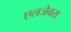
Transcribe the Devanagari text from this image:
एलजेबरा